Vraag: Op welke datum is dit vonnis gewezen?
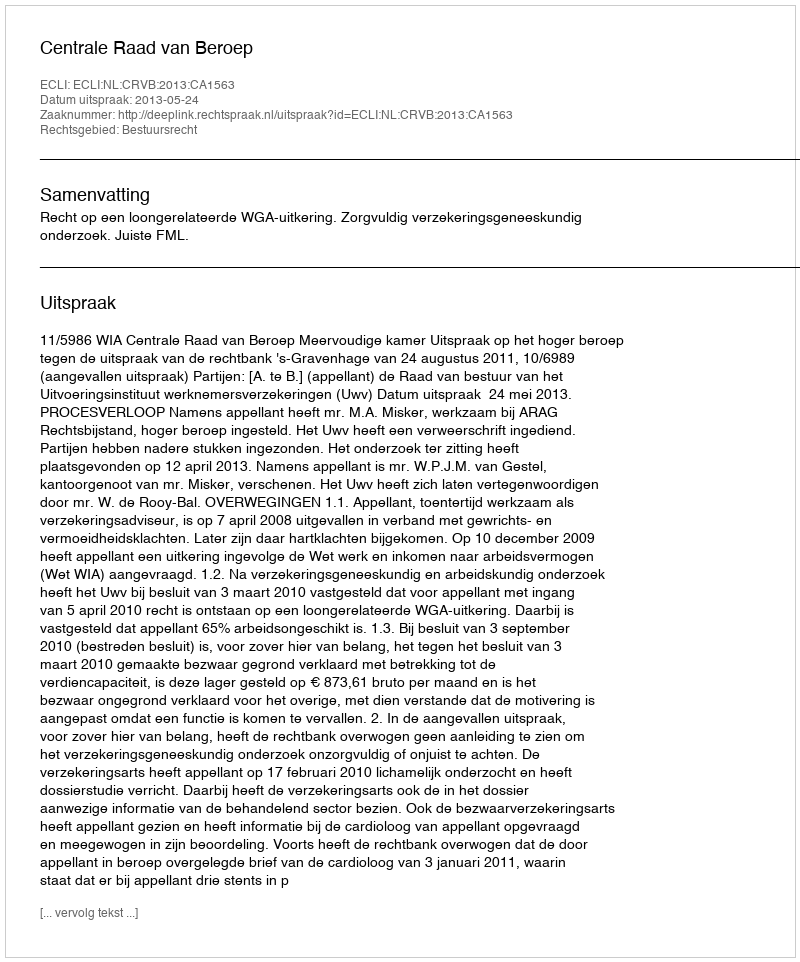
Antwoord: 2013-05-24